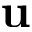
\textbf { u }